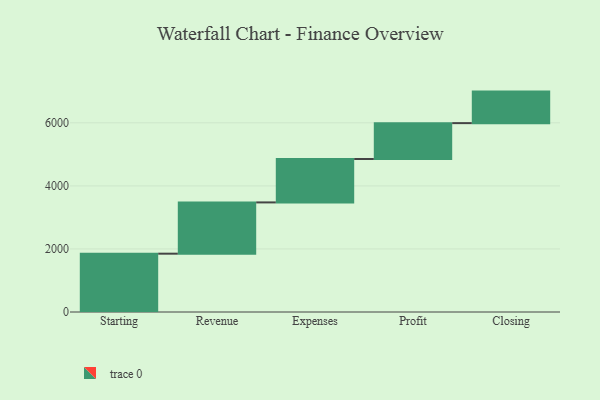
{"axis": {"x": "Step", "y": "Value"}, "legend": [""], "data": [{"x": "Starting", "y": 1850.0, "type": ""}, {"x": "Revenue", "y": 1626.0, "type": ""}, {"x": "Expenses", "y": 1377.0, "type": ""}, {"x": "Profit", "y": 1138.0, "type": ""}, {"x": "Closing", "y": 1000, "type": ""}]}